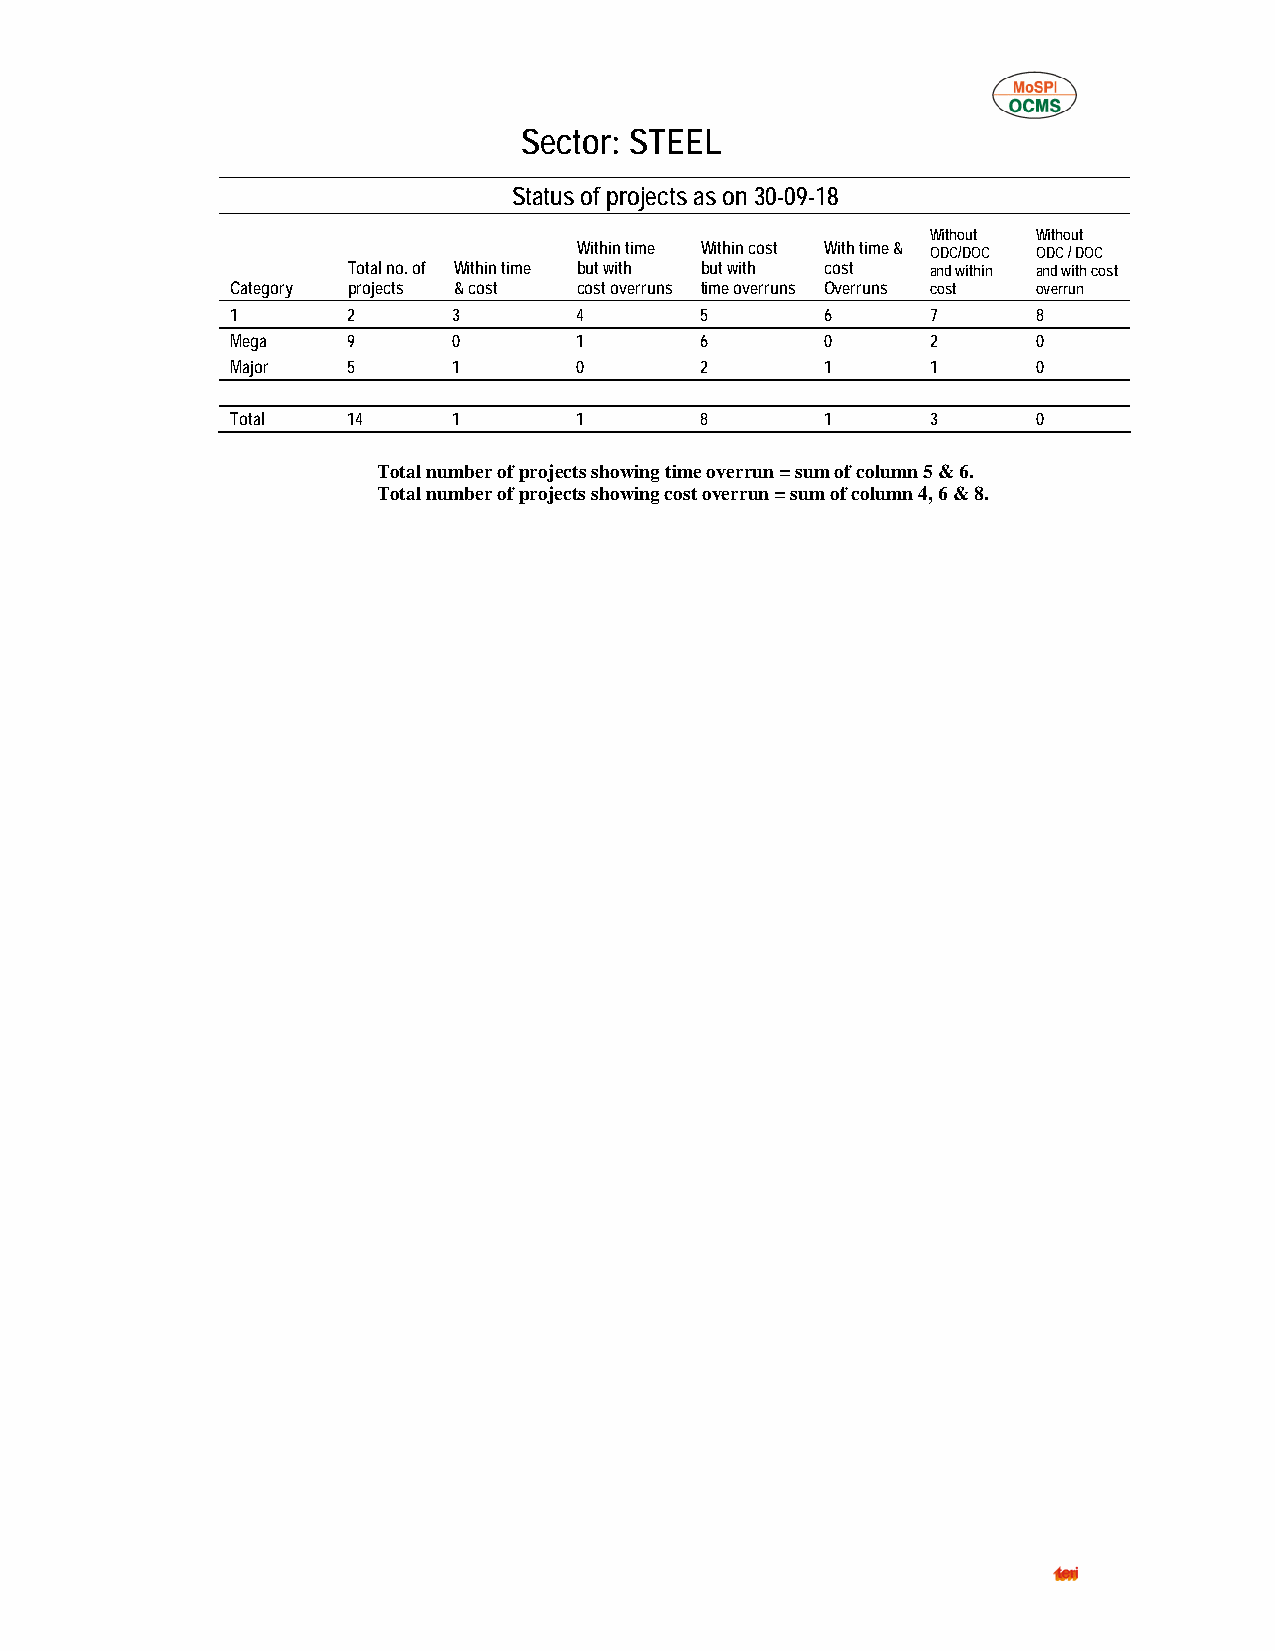
Sector: STEEL
 Status of projects as on 30-09-18
 Without Without
 Within time Within cost With time & ODC/DOC ODC / DOC
 Total no. of Within time but with but with cost and within and with cost
 Category projects & cost cost overruns time overruns Overruns cost overrun
 1       2      3       4       5        6      7      8
 Mega    9      0       1       6        0      2      0
 Major   5      1       0       2        1      1      0
 Total   14     1       1       8        1      3      0
 Total number of projects showing time overrun = sum of column 5 & 6.
 Total number of projects showing cost overrun = sum of column 4, 6 & 8.